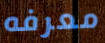
معرفه